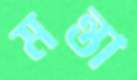
মন্তা